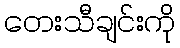
တေးသီချင်းကို